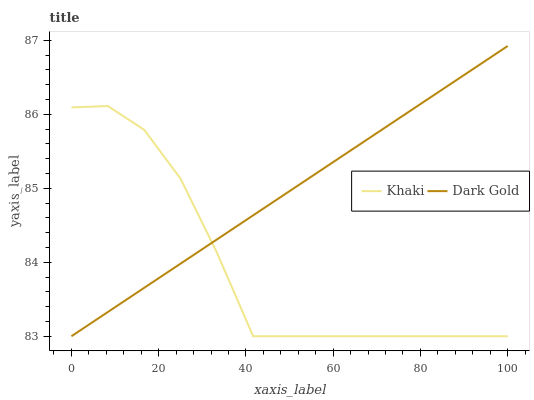
| xaxis_label | Khaki | Dark Gold |
 | --- | --- | --- |
 | 0 | 86.1 | 83 |
 | 8.33 | 86.1 | 83.3 |
 | 16.7 | 85.8 | 83.7 |
 | 25 | 85.1 | 84 |
 | 33.3 | 84.1 | 84.3 |
 | 41.7 | 83 | 84.6 |
 | 50 | 83 | 85 |
 | 58.3 | 83 | 85.3 |
 | 66.7 | 83 | 85.6 |
 | 75 | 83 | 85.9 |
 | 83.3 | 83 | 86.3 |
 | 91.7 | 83 | 86.6 |
 | 100 | 83 | 86.9 |